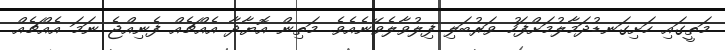
މަތީގައި ހަށިގަނޑުދަމާލުމަށްފަހު ވަރުބަލި ފިލުވާލެވޭނެއެވެ. މަތިން އޮޔާދާ އެއްޗެއް ފެނިއްޖެ ނަމަ އެއްޗެއް